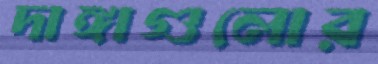
দাঙ্গাগুলোর